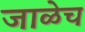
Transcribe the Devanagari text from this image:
जाळेच